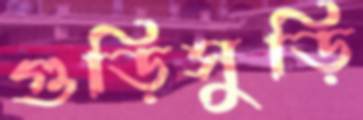
গুড়িসুড়ি